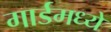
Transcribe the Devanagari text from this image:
गार्डमध्ये